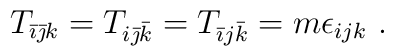
T_{\bar \imath\bar \jmath k} =T_{i\bar \jmath \bar k} =T_{\bar \imath j\bar k} =  m\epsilon_{ijk} \ .